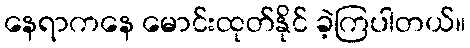
နေရာကနေ မောင်းထုတ်နိုင် ခဲ့ကြပါတယ်။